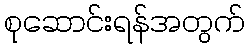
စုဆောင်းရန်အတွက်